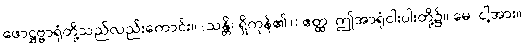
ဖောဋ္ဌဗ္ဗာရုံတို့သည်လည်းကောင်း။ (သန္တိ၊ ရှိကုန်၏။) ဧတ္ထ၊ ဤအာရုံငါးပါးတို့၌။ မေ၊ ငါ့အား။